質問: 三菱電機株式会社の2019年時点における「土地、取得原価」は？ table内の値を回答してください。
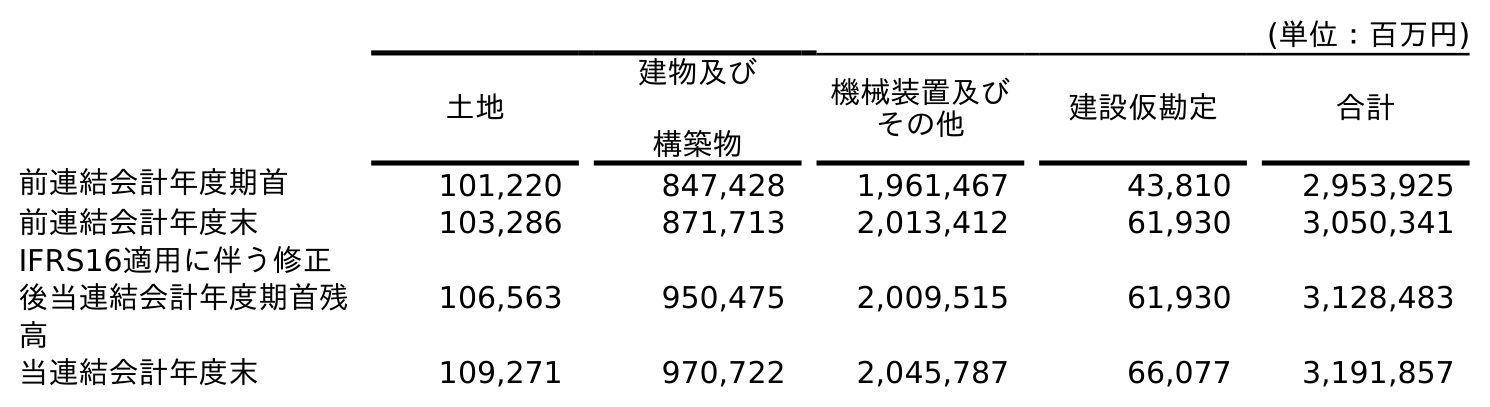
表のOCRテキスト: (単位：百万円) 土地 建物及び 構築物 機械装置及び その他 建設仮勘定 合計 前連結会計年度期首 101,220 847,428 1,961,467 43,810 2,953,925 前連結会計年度末 103,286 871,713 2,013,412 61,930 3,050,341 IFRS16適用に伴う修正 後当連結会計年度期首残 高 106,563 950,475 2,009,515 61,930 3,128,483 当連結会計年度末 109,271 970,722 2,045,787 66,077 3,191,857
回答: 103,286